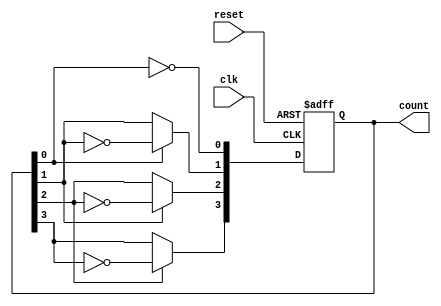
module asynchronous_ripple_counter (
    input wire clk,        // Clock input for the first flip-flop
    input wire reset,      // Asynchronous reset
    output reg [3:0] count // 4-bit counter output
);

// T Flip-Flop behavior: toggle on rising edge of clk
always @(posedge clk or posedge reset) begin
    if (reset) begin
        count <= 4'b0000; // Reset the counter to 0
    end else begin
        // Ripple effect occurs here
        count[0] <= ~count[0];             // Toggle LSB
        count[1] <= count[0] ? ~count[1] : count[1]; // Toggle next bit if LSB is 1
        count[2] <= count[1] ? ~count[2] : count[2]; // Toggle next bit if previous bit is 1
        count[3] <= count[2] ? ~count[3] : count[3]; // Toggle MSB if previous bit is 1
    end
end

endmodule